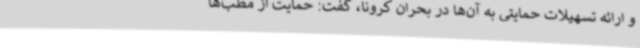
و ارائه تسهیلات حمایتی به آن‌ها در بحران کرونا، گفت: حمایت از مطب‌ها